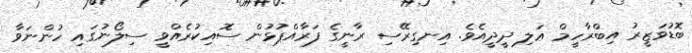
ބޮޑުވަޒީރު އިބްރާހީމް ޢަލި ދީދީއެވެ. އިނގިރޭސި ރާނީގެ ފަރާއްޕުޅުން ސޮއިކުރެއްވީ ސިލޯނުގައި ހުންނަވާ